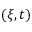
\left( \xi , t \right)